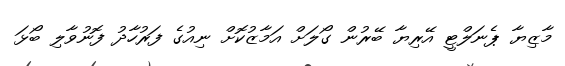
މާޒިޔާ ޕެނަލްޓީ އޭރިޔާ ބޭރުން ގޯލަށް އަމާޒުކޮށް ނިއުގެ ފަރުހާދު ފޮނުވާލި ބޯޅަ